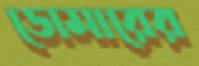
ডোমারের